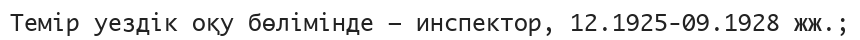
Темір уездік оқу бөлімінде – инспектор, 12.1925-09.1928 жж.;